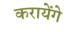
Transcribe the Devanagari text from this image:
करायेंगे